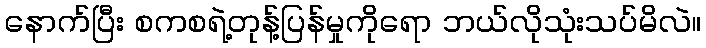
နောက်ပြီး စကစရဲ့တုန့်ပြန်မှုကိုရော ဘယ်လိုသုံးသပ်မိလဲ။